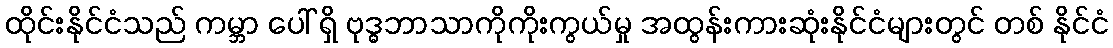
ထိုင်းနိုင်ငံသည် ကမ္ဘာ ပေါ် ရှိ ဗုဒ္ဓဘာသာကိုကိုးကွယ်မှု အထွန်းကားဆုံးနိုင်ငံများတွင် တစ် နိုင်ငံ